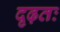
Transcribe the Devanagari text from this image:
दृढ़तः